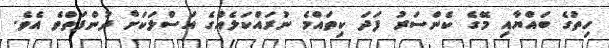
ހިތުގެ ބައްޔާއި މޭގެ ކެންސަރު ފަދަ ކިތައްމެ ނުރައްކަލެއްގެ އަސްލަކަށް ދުންފަތްވެ އެވެ.